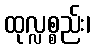
ထုလ္လစ္စည်း၊